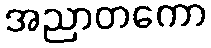
အညာတကော